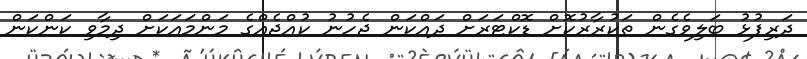
ދަރިފުޅު ބަލިވެގެން ތަކުރާރުކޮށް ޑޮކްޓަރަށް ދައްކަން ޖެހުނު ކުއްޖެއްގެ މަންމައަކަށް ދިމާވި ކަންކަން